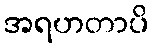
အရဟတာပိ